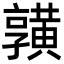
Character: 𪏆